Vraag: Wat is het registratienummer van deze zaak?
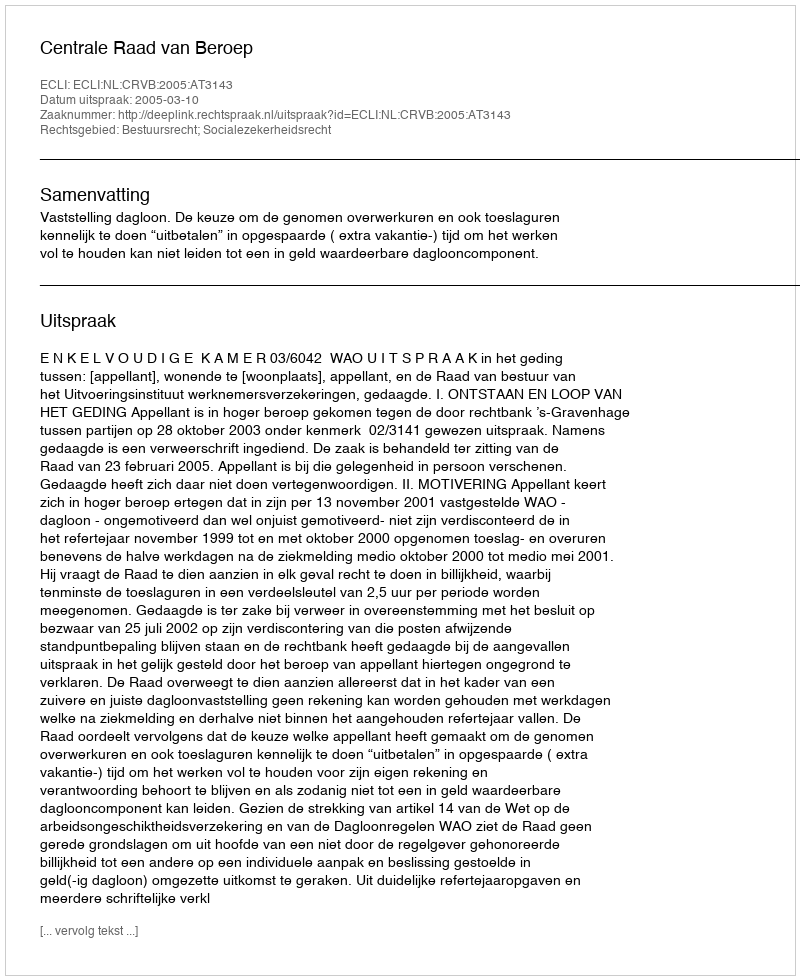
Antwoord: http://deeplink.rechtspraak.nl/uitspraak?id=ECLI:NL:CRVB:2005:AT3143